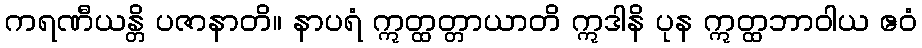
ကရဏီယန္တိ ပဇာနာတိ။ နာပရံ ဣတ္ထတ္တာယာတိ ဣဒါနိ ပုန ဣတ္ထဘာဝါယ ဧဝံ